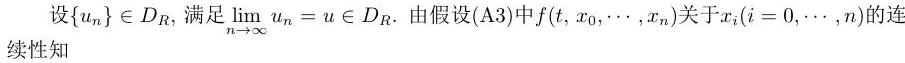
设$\{u_n\} \in D_R$, 满足$\lim_{n\rightarrow\infty} u_n = u \in D_R$. 由假设(A3)中$f(t, x_0, \cdots, x_n)$关于$x_i(i = 0, \cdots, n)$的连续性知